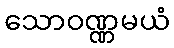
သောဝဏ္ဏမယံ